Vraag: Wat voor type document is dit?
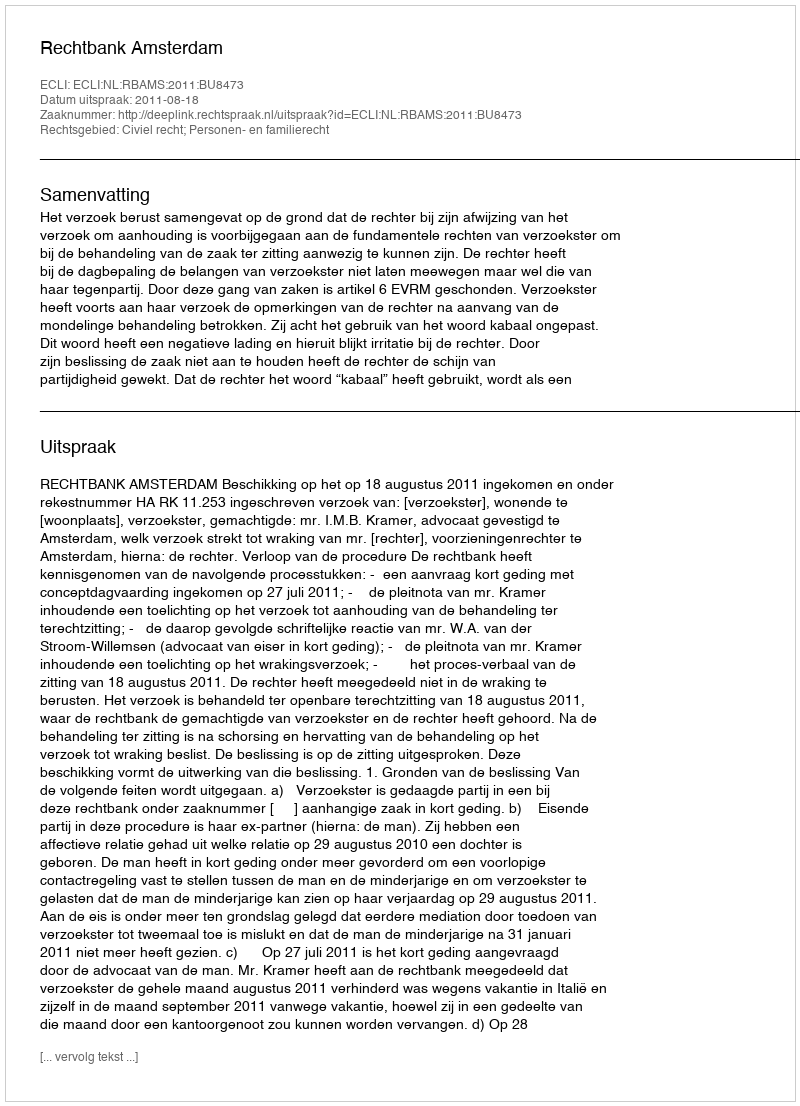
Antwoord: Uitspraak